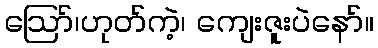
ဪ၊ဟုတ်ကဲ့၊ ကျေးဇူးပဲနော်။